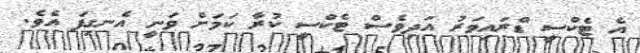
އެ ޓެކްސީ ޑްރައިވަރު އަދިވެސް ޓެކްސީ ކުރާ ކަމަށް ވަނީ އެނގިފަ އެވެ.